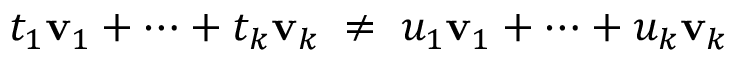
t _ { 1 } \mathbf { v } _ { 1 } + \cdots + t _ { k } \mathbf { v } _ { k } \; \neq \; u _ { 1 } \mathbf { v } _ { 1 } + \cdots + u _ { k } \mathbf { v } _ { k }